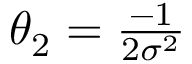
\textstyle \theta _ { 2 } = { \frac { - 1 } { 2 \sigma ^ { 2 } } }